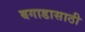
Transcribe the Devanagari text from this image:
बगाडासाठी